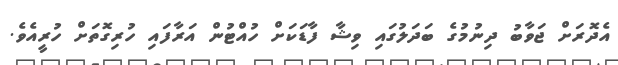
އެދޮރަށް ޖަވާބު ދިނުމުގެ ބަދަލުގައި ވިޝާ ފާޑަކަށް ހުއްޓުން އަރާފައި ހުރިގޮތަށް ހުރީއެވެ.